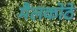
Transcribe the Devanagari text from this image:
मैलकोठे